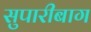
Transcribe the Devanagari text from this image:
सुपारीबाग